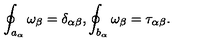
\oint _ { a _ { \alpha } } \omega _ { \beta } = \delta _ { \alpha \beta } , \oint _ { b _ { \alpha } } \omega _ { \beta } = \tau _ { \alpha \beta } .